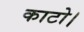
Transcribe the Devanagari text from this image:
काटो।